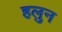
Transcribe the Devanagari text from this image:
हलुन